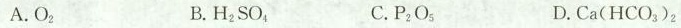
A.O_{2} B.H_{2}SO_{4} C.P_{2}O_{5} D.Ca(HCO_{3})_{2}